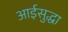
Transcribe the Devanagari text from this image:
आईसुद्धा